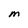
Character: M